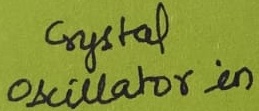
Text: Crystal Oscillator in